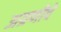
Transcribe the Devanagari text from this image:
अग्रणीचे